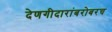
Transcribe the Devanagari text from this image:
देणगीदारांबरोबरच